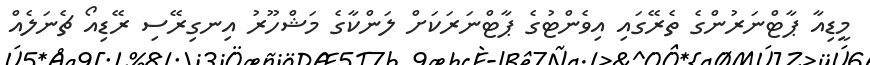
މީޑިއާ ޕާޓްނަރުންގެ ތެރޭގައި އިވެންޓުގެ ޕާޓްނަރަކަށް ލަންކާގެ މަޝްހޫރު އިނގިރޭސި ރޭޑިއޯ ޗެނަލެއް